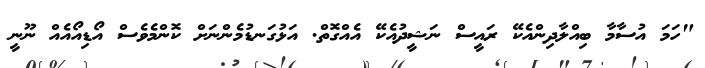
"ހަމަ އުސާމާ ބިއްލާދިންއެކޭ ރައީސް ނަޝީދުއެކޭ އެއްގޮތް. އަޅުގަނޑުމެންނަށް ކޮންމެވެސް އޯޑިއޯއެއް ނޫނީ